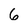
Character: 6